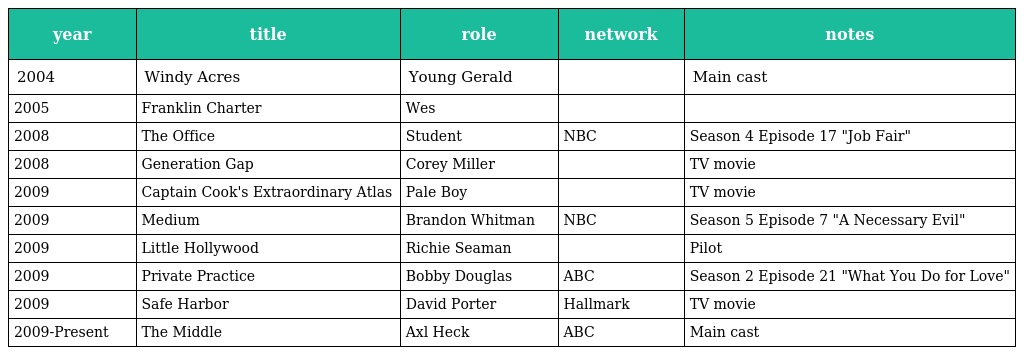
| year | title | role | network | notes |
 | --- | --- | --- | --- | --- |
 | 2004 | Windy Acres | Young Gerald |  | Main сast |
 | 2005 | Franklin Charter | Wes |  |  |
 | 2008 | The Office | Student | NBC | Season 4 Episode 17 "Job Fair" |
 | 2008 | Generation Gap | Corey Miller |  | TV movie |
 | 2009 | Captain Cook's Extraordinary Atlas | Pale Boy |  | TV movie |
 | 2009 | Medium | Brandon Whitman | NBC | Season 5 Episode 7 "A Necessary Evil" |
 | 2009 | Little Hollywood | Richie Seaman |  | Pilot |
 | 2009 | Private Practice | Bobby Douglas | ABC | Season 2 Episode 21 "What You Do for Love" |
 | 2009 | Safe Harbor | David Porter | Hallmark | TV movie |
 | 2009-Present | The Middle | Axl Heck | ABC | Main сast |